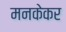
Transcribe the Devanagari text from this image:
मनकेकर